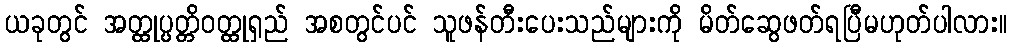
ယခုတွင် အတ္ထုပ္ပတ္တိဝတ္ထုရှည် အစတွင်ပင် သူဖန်တီးပေးသည်များကို မိတ်ဆွေဖတ်ရပြီမဟုတ်ပါလား။